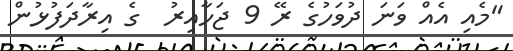
"މެއި އެއް ވަނަ ދުވަހުގެ ރޭ 9 ޖަހާއިރު  ގެ އިރާދަފުޅުން